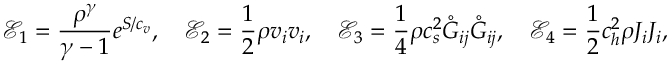
\mathcal { E } _ { 1 } = \frac { \rho ^ { \gamma } } { \gamma - 1 } e ^ { S / c _ { v } } , \quad \mathcal { E } _ { 2 } = \frac { 1 } { 2 } \rho v _ { i } v _ { i } , \quad \mathcal { E } _ { 3 } = \frac { 1 } { 4 } \rho c _ { s } ^ { 2 } \mathring { G } _ { i j } \mathring { G } _ { i j } , \quad \mathcal { E } _ { 4 } = \frac { 1 } { 2 } c _ { h } ^ { 2 } \rho J _ { i } J _ { i } ,